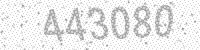
Solution: 443080